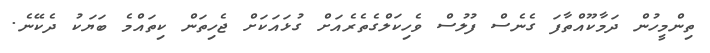
ތިންމީހުން ދަމާކޫއްތާފަ ގެނެސް ފުލުސް ވެހިކަލްގެތެރެއަށް ގުޅައަކަށް ޖެހިތަން ކިތައްމެ ބަޔަކު ދެކޭނެ.